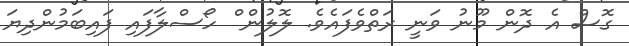
ގޮސް އެ ދޮން މޫނު ވަނީ ރަތްވެފައެވެ. ލޮލުން ް ހޯސްލާފައި ފައިބަމުންދިޔަ